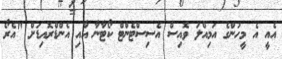
އެއީ އެ މީހުންގެ އަމިއްލަ ވޮއިސް އެސިސްޓެންޓް ކޯޓާނާ އާއި އެންޑްރޮއިޑަށް "އެރޯ